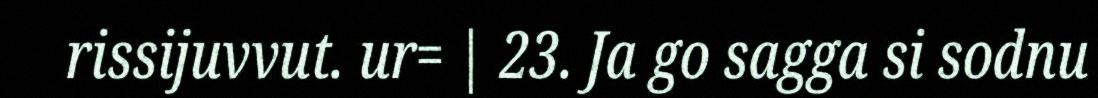
rissijuvvut. ur= | 23. Ja go sagga si sodnu